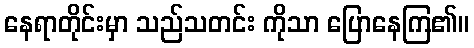
နေရာတိုင်းမှာ သည်သတင်း ကိုသာ ပြောနေကြ၏။